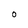
Character: O